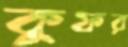
কুফর